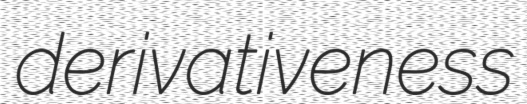
derivativeness